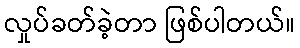
လှုပ်ခတ်ခဲ့တာ ဖြစ်ပါတယ်။